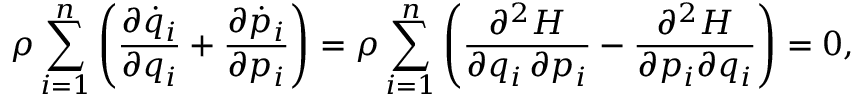
\rho \sum _ { i = 1 } ^ { n } \left( { \frac { \partial { \dot { q } } _ { i } } { \partial q _ { i } } } + { \frac { \partial { \dot { p } } _ { i } } { \partial p _ { i } } } \right) = \rho \sum _ { i = 1 } ^ { n } \left( { \frac { \partial ^ { 2 } H } { \partial q _ { i } \, \partial p _ { i } } } - { \frac { \partial ^ { 2 } H } { \partial p _ { i } \partial q _ { i } } } \right) = 0 ,